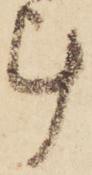
計